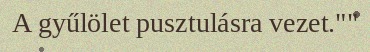
A gyűlölet pusztulásra vezet.""